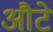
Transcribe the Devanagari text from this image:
औटे